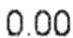
0.00